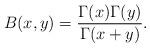
LaTeX: \begin{align*}B(x,y)=\frac{\Gamma(x)\Gamma(y)}{\Gamma(x+y)}.\end{align*}